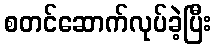
စတင်ဆောက်လုပ်ခဲ့ပြီး